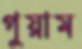
গুয়াম